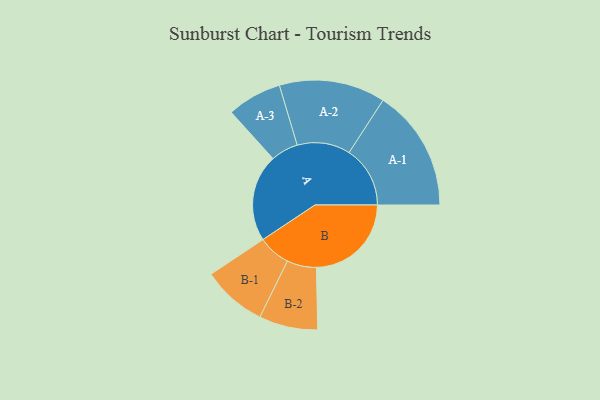
{"axis": {"x": "Segment", "y": "Value"}, "legend": ["", "A", "B"], "data": [{"x": "A", "y": 383, "type": ""}, {"x": "B", "y": 417, "type": ""}, {"x": "A-1", "y": 268, "type": "A"}, {"x": "A-2", "y": 233, "type": "A"}, {"x": "A-3", "y": 120, "type": "A"}, {"x": "B-1", "y": 142, "type": "B"}, {"x": "B-2", "y": 129, "type": "B"}]}